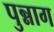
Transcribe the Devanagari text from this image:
पुन्नाग